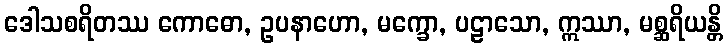
ဒေါသစရိတဿ ကောဓော, ဥပနာဟော, မက္ခော, ပဠာသော, ဣဿာ, မစ္ဆရိယန္တိ